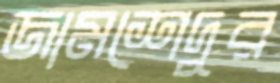
জামশেদুর